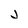
Character: j